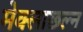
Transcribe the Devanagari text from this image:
मेक्लाछल्न